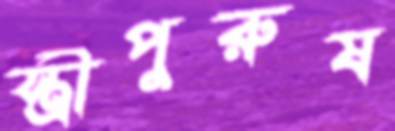
স্ত্রীপুরুষ